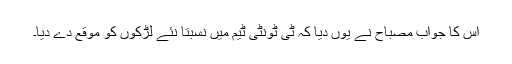
اس کا جواب مصباح نے یوں دیا کہ ٹی ٹونٹی ٹیم میں نسبتاً نئے لڑکوں کو موقع دے دیا۔